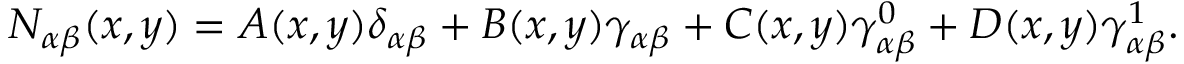
N _ { \alpha \beta } ( x , y ) = A ( x , y ) \delta _ { \alpha \beta } + B ( x , y ) \gamma _ { \alpha \beta } + C ( x , y ) \gamma _ { \alpha \beta } ^ { 0 } + D ( x , y ) \gamma _ { \alpha \beta } ^ { 1 } .